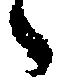
々